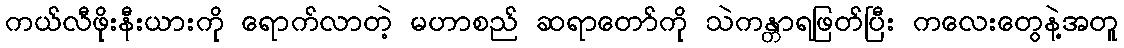
ကယ်လီဖိုးနီးယားကို ရောက်လာတဲ့ မဟာစည် ဆရာတော်ကို သဲကန္တာရဖြတ်ပြီး ကလေးတွေနဲ့အတူ